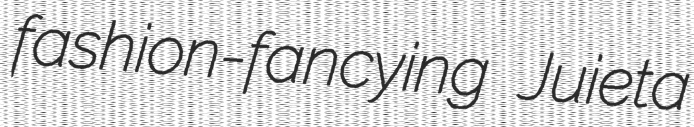
fashion-fancying Juieta